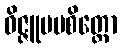
ဝိဇ္ဇူပမစိတ္တော